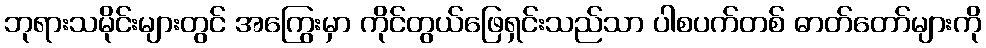
ဘုရားသမိုင်းများတွင် အကြွေးမှာ ကိုင်တွယ်ဖြေရှင်းသည်သာ ပါစပက်တစ် ဓာတ်တော်များကို